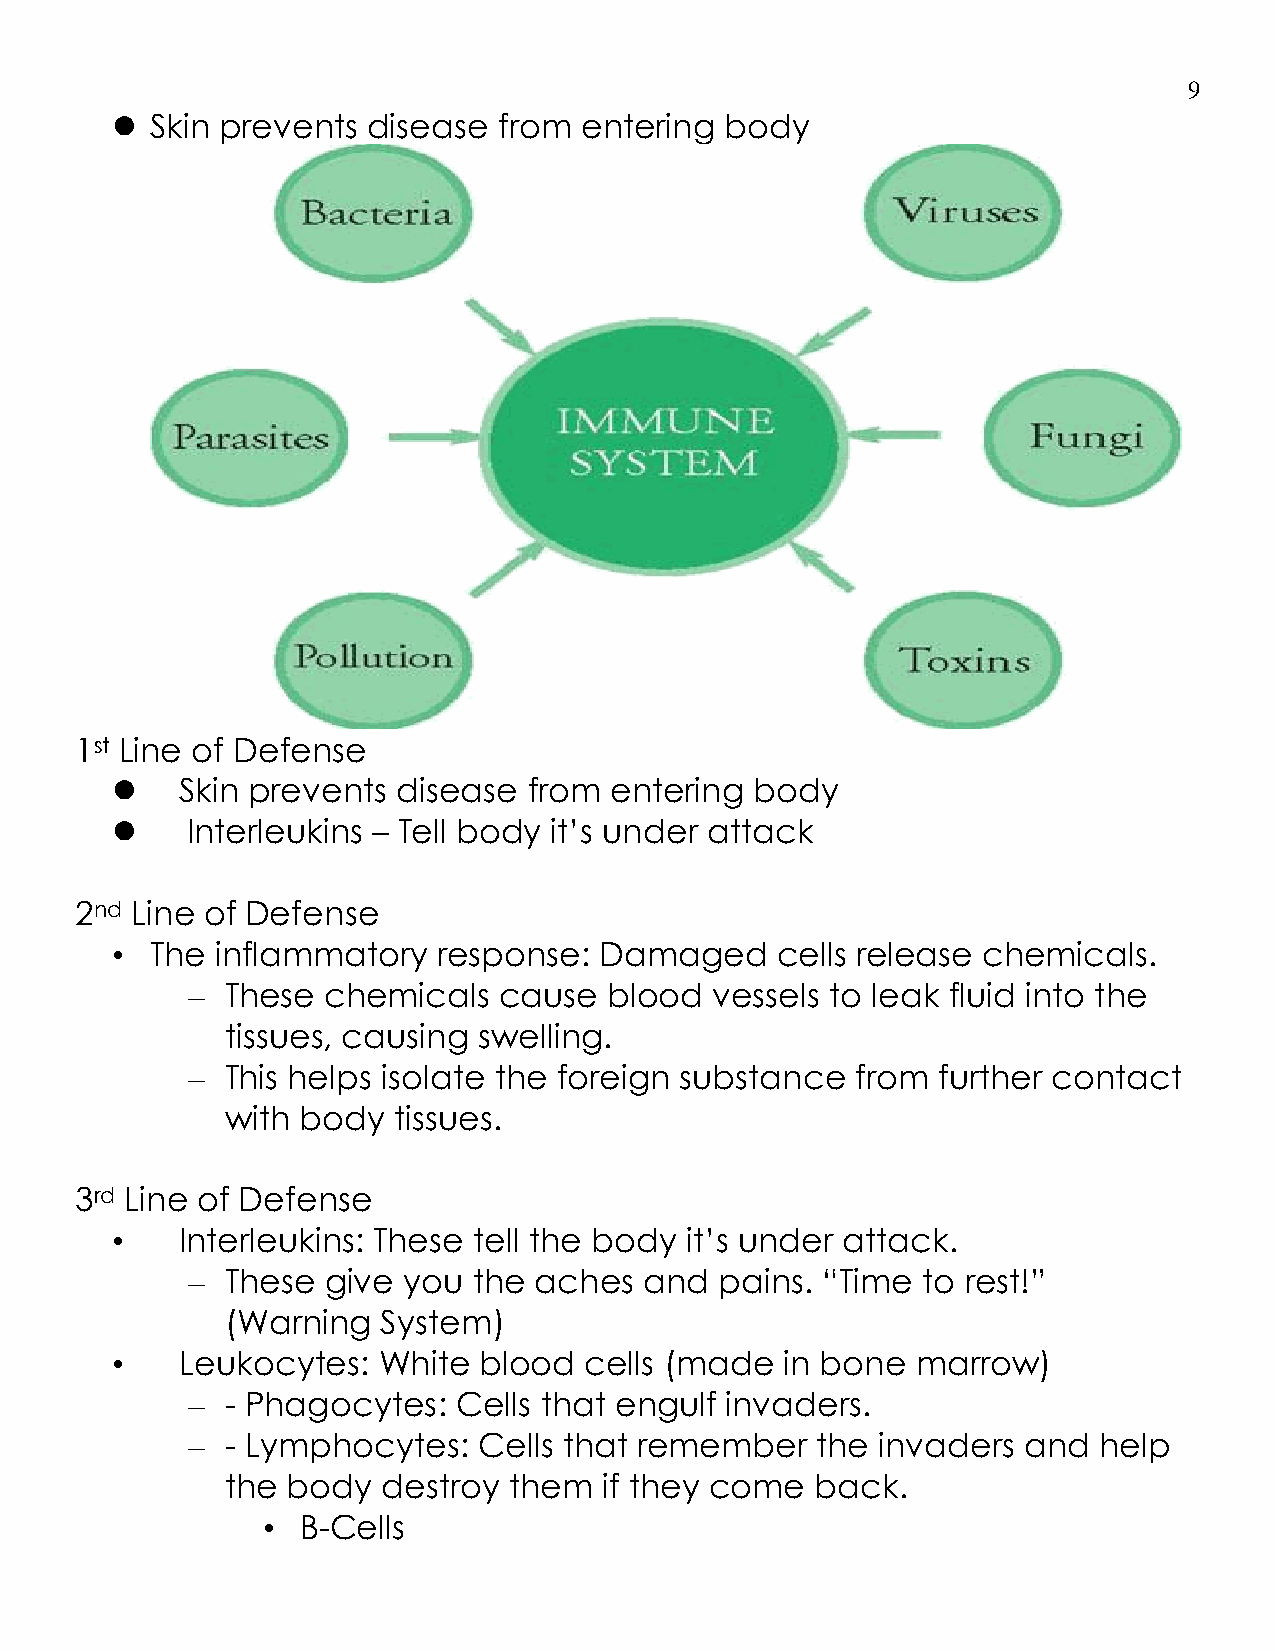
9
   Skin prevents disease  from entering  body
 1st Line of Defense
     Skin prevents disease  from entering  body
     Interleukins – Tell body it’s under attack
 2nd Line of Defense
 •  The inflammatory   response:  Damaged    cells release chemicals.
 –  These  chemicals  cause  blood  vessels to leak fluid into the
 tissues, causing swelling.
 –  This helps isolate the foreign substance  from further contact
 with body  tissues.
 3rd Line of Defense
 •    Interleukins: These tell the body it’s under attack.
 –  These  give you the aches   and  pains. “Time to rest!”
 (Warning  System)
 •    Leukocytes:  White  blood  cells (made  in bone  marrow)
 –  - Phagocytes:  Cells that engulf invaders.
 –  - Lymphocytes:   Cells that remember   the invaders  and  help
 the body  destroy  them  if they come  back.
 •  B-Cells